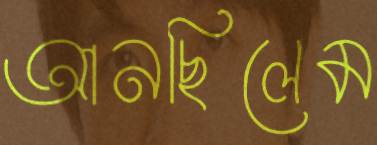
আনছিলেম